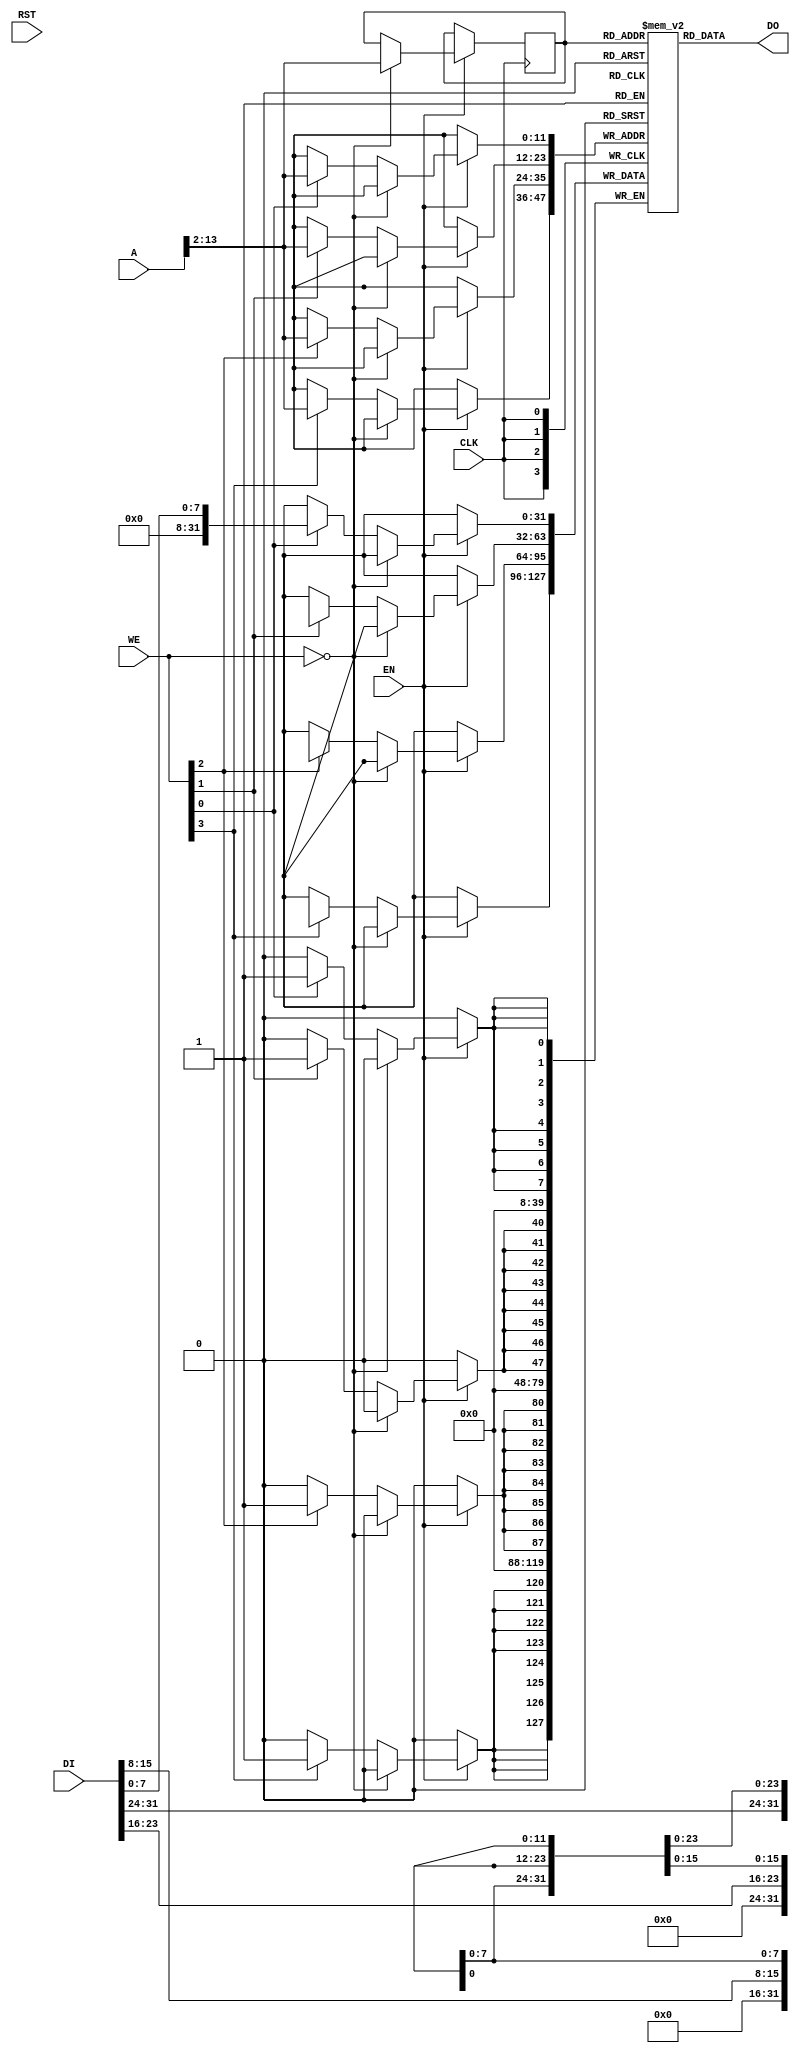
`timescale 1ns/1ps

module bram_block_4096x32(
  input CLK,
  input RST,
  input [31:0] A,
  input EN,
  input [3:0] WE,
  input [31:0] DI,
  output [31:0] DO
);

  reg [31:0] ram [4095:0];
  reg [11:0] reg_addr;
  wire [11:0] addr;

  assign addr = A[13:2];

  always @(posedge CLK) begin
    if (EN) begin
      if (WE == 4'h0) begin
        reg_addr <= addr;
      end else begin
        if (WE[0]) ram[addr][7:0] <= DI[7:0];
        if (WE[1]) ram[addr][15:8] <= DI[15:8];
        if (WE[2]) ram[addr][23:16] <= DI[23:16];
        if (WE[3]) ram[addr][31:24] <= DI[31:24];
      end
    end
  end

  assign DO = ram[reg_addr];

endmodule